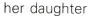
her daughter